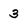
Character: 3